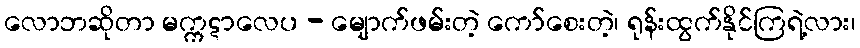
လောဘဆိုတာ မက္ကဋာလေပ - မျောက်ဖမ်းတဲ့ ကော်စေးတဲ့၊ ရုန်းထွက်နိုင်ကြရဲ့လား၊